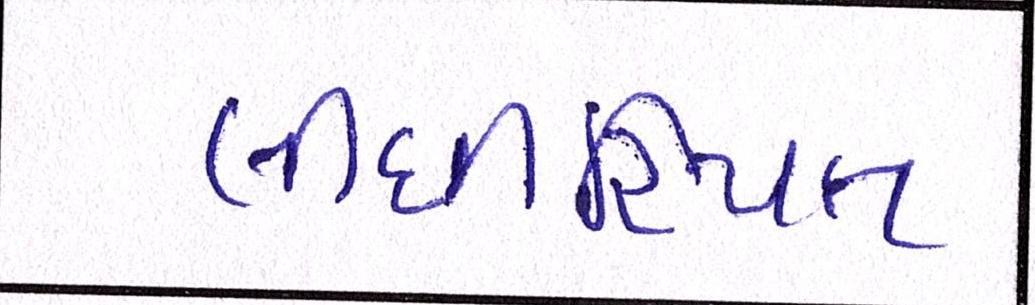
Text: લીધી-રિયલ